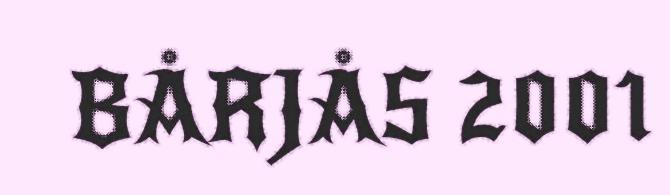
BÅRJÅS 2001